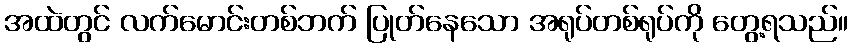
အထဲတွင် လက်မောင်းတစ်ဘက် ပြုတ်နေသော အရုပ်တစ်ရုပ်ကို တွေ့ရသည်။